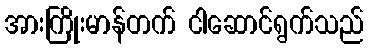
အားကြိုးမာန်တက် ငါဆောင်ရွက်သည်